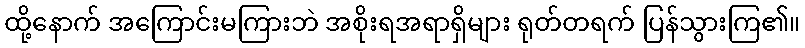
ထို့နောက် အကြောင်းမကြားဘဲ အစိုးရအရာရှိများ ရုတ်တရက် ပြန်သွားကြ၏။